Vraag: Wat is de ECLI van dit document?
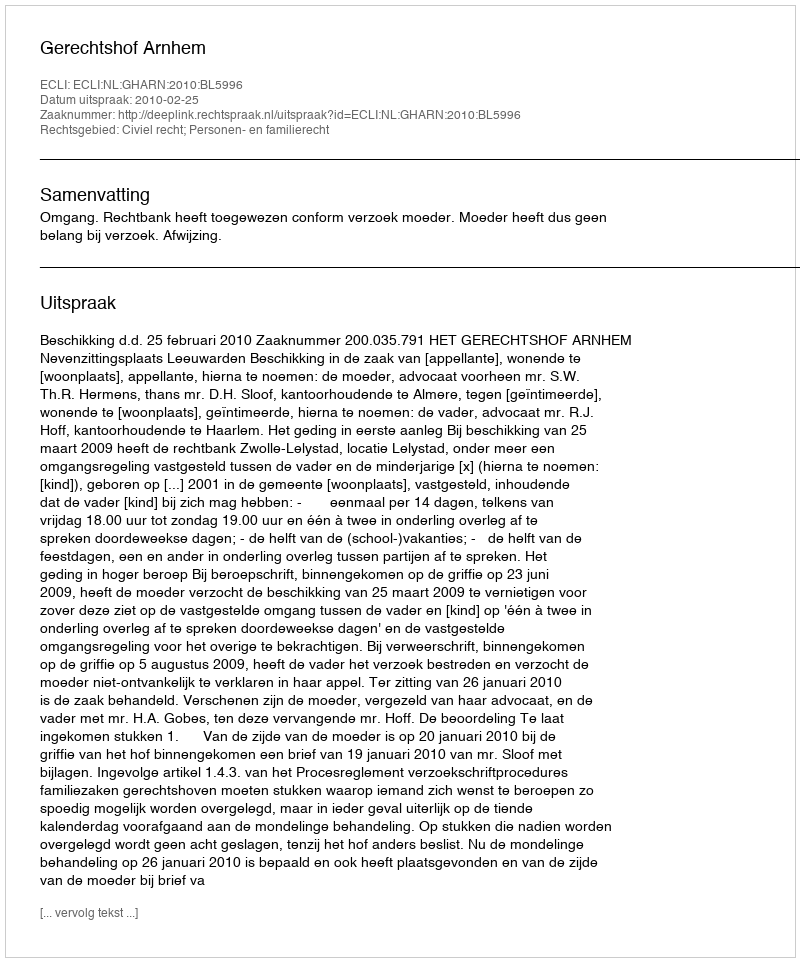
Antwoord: ECLI:NL:GHARN:2010:BL5996